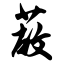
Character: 蔽